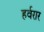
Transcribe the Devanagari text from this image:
हर्वरार